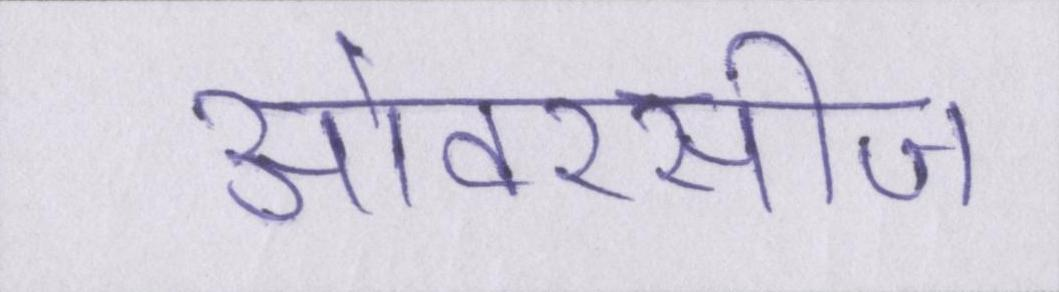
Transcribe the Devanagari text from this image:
ओवरसीज